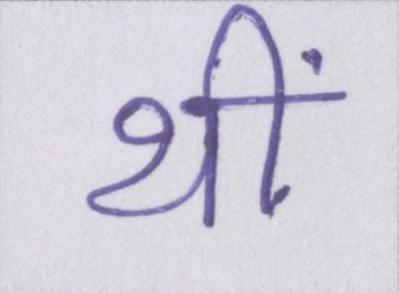
थीं